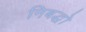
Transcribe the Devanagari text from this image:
निबद्धो